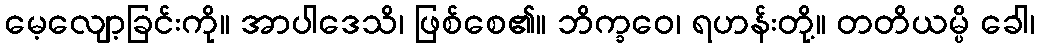
မေ့လျော့ခြင်းကို။ အာပါဒေသိ၊ ဖြစ်စေ၏။ ဘိက္ခဝေ၊ ရဟန်းတို့။ တတိယမ္ပိ ခေါ၊